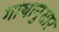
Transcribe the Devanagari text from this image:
गाथानुसार